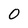
Character: O